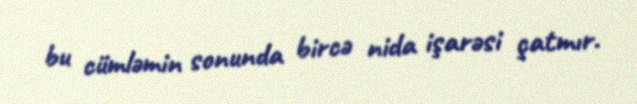
bu cümləmin sonunda bircə nida işarəsi çatmır.